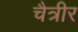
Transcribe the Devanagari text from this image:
चैत्रीर